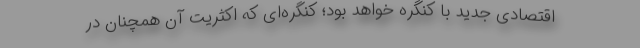
اقتصادی جدید با کنگره خواهد بود؛ کنگره‌ای که اکثریت آن همچنان در